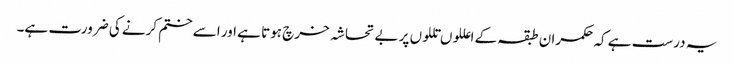
یہ درست ہے کہ حکمران طبقہ کے اعللوں تللوں پر بے تحاشہ خرچ ہوتا ہے اور اسے ختم کرنے کی ضرورت ہے۔